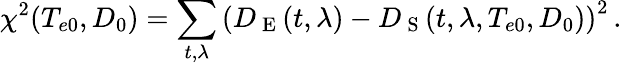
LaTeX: \chi^{2}(T_{e0},D_{0})=\sum_{t,\lambda}\left(D_{\mathrm{~E~}}(t,\lambda)-D_{\mathrm{~S~}}(t,\lambda,T_{e0},D_{0})\right)^{2}\, .